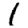
Digit: 1